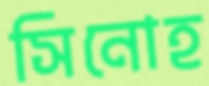
সিনোহ